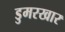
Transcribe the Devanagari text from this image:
डुमरखार